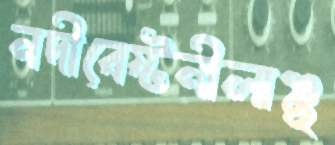
নদীবেষ্টনীলাঞ্ছ